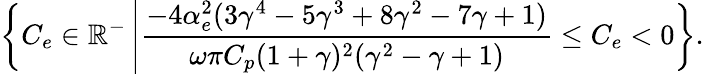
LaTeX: \left\{ C_{e}\in\mathbb{R}^{-}\left|\frac{-4\alpha_{e}^{2}(3\gamma^{4}-5\gamma^{3}+8\gamma^{2}-7\gamma+1)}{\omega\pi C_{p}(1+\gamma)^{2}(\gamma^{2}-\gamma+1)}\le C_{e}<0\right.\right\} .